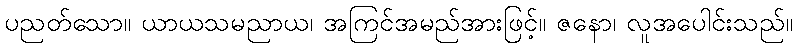
ပညတ်သော။ ယာယသမညာယ၊ အကြင်အမည်အားဖြင့်။ ဇနော၊ လူအပေါင်းသည်။